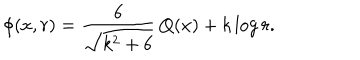
LaTeX: \phi ( x , r ) = { \frac { 6 } { \sqrt { k ^ { 2 } + 6 } } } \, Q ( x ) + k \log { r } .